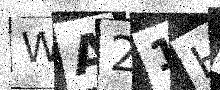
Text: WA21HW